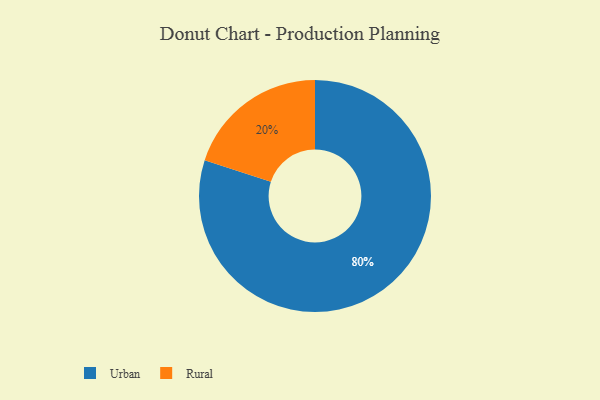
{"axis": {"x": "Category", "y": "Percentage"}, "legend": ["Rural", "Urban"], "data": [{"x": "Rural", "y": 20, "type": "Rural"}, {"x": "Urban", "y": 80, "type": "Urban"}]}